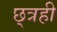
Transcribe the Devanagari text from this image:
छ्त्रही